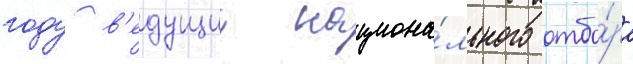
году в'едущии национа́льного отбо́ра